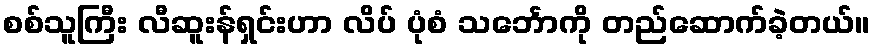
စစ်သူကြီး လီဆူးန်ရှင်းဟာ လိပ် ပုံစံ သင်္ဘောကို တည်ဆောက်ခဲ့တယ်။